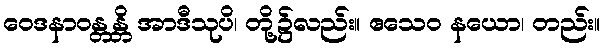
ဝေဒနာဝန္တန္တိ အာဒီသုပိ၊ တို့၌လည်း။ ဧသေဝ နယော၊ တည်း။